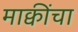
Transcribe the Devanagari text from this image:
माक्वींचा